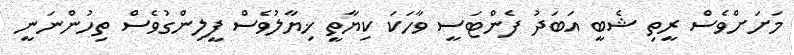
މަށަށްވެސް ރީތި ޝެބީ އަބަދު ފެންޓަސީ ވާހަކަ ކިޔާތީ ޚިޔާލުވެސް ފީލިންގުވެސް ތިހުންނަނީ